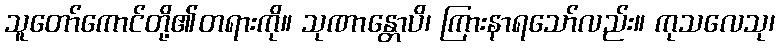
သူတော်ကောင်တို့၏တရားကို။ သုဏာန္တောပိ၊ ကြားနာရသော်လည်း။ ကုသလေသု၊